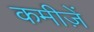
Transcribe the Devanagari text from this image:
कमीज़ें